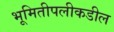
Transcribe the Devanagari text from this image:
भूमितीपलीकडील